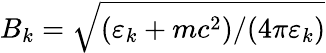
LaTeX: B_{k}=\sqrt{(\varepsilon_{k}+mc^{2})/(4\pi\varepsilon_{k})}